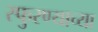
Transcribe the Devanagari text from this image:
स्फुरण्याच्या